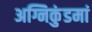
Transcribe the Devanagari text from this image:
अग्निकुंडमां